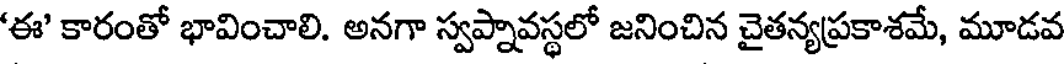
'ఈ' కారంతో భావించాలి. అనగా స్వప్నావస్థలో జనించిన చైతన్యప్రకాశమే, మూడవ